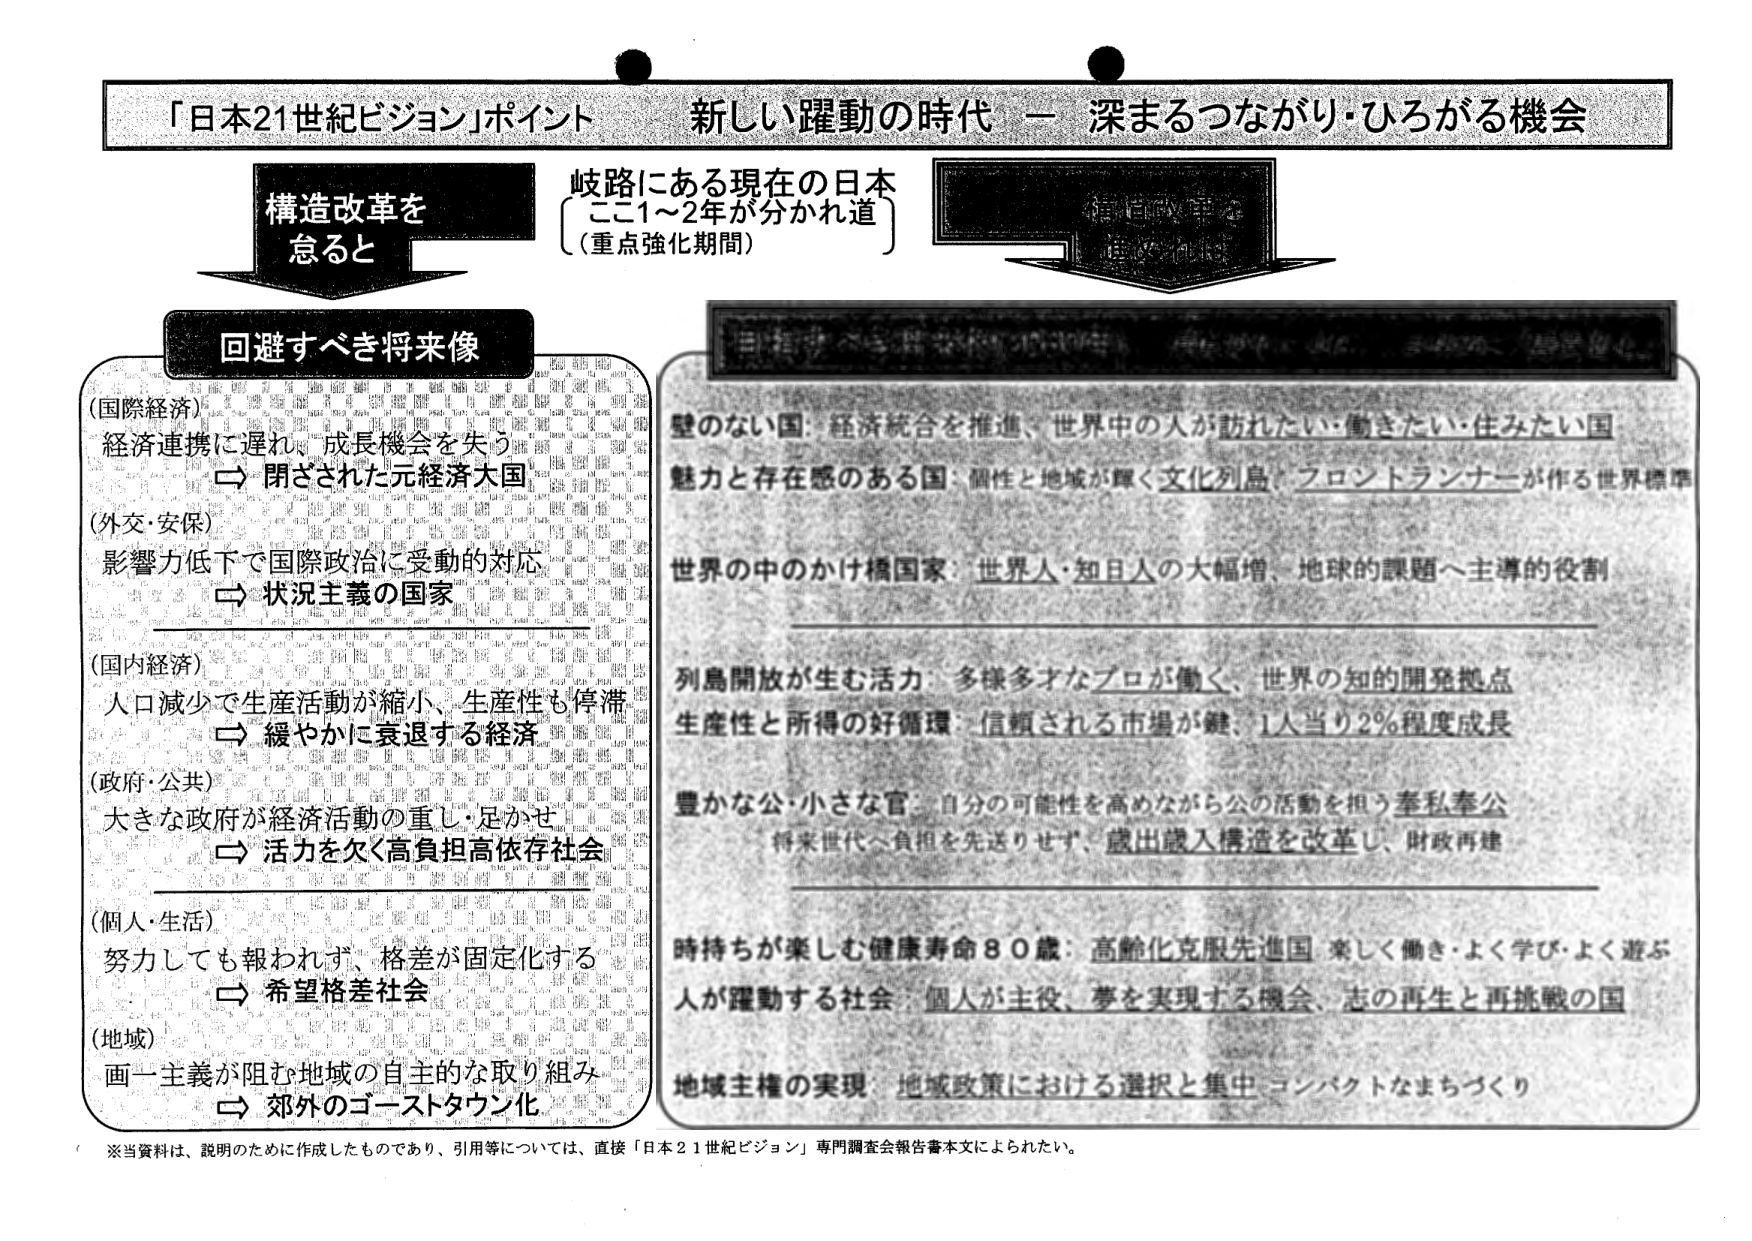
「日本21世紀ビジョン」ポイント 新しい躍動の時代 － 深まるつながり・ひろがる機会

構造改革を怠ると

岐路にある現在の日本
（ここ1～2年が分かれ道）
（重点強化期間）

回避すべき将来像

（国際経済）
経済連携に遅れ、成長機会を失う
⇒ 閉ざされた元経済大国

（外交・安保）
影響力低下で国際政治に受動的対応
⇒ 状況主義の国家

（国内経済）
人口減少で生産活動が縮小、生産性も停滞
⇒ 緩やかに衰退する経済

（政府・公共）
大きな政府が経済活動の重し・足かせ
⇒ 活力を欠く高負担高依存社会

（個人・生活）
努力しても報われず、格差が固定化する
⇒ 希望格差社会

（地域）
画一主義が阻む地域の自主的な取り組み
⇒ 郊外のゴーストタウン化

壁のない国：経済統合を推進、世界中の人があこがれたい・働きたい・住みたい国
魅力と存在感のある国：個性と地域が輝く文化列島、フロントランナーが作る世界標準
世界の中のかけ橋国家：世界人・知日人の大幅増、地球的課題へ主導的役割

列島開放が生む活力：多様多彩なプロが働く、世界の知的開発拠点
生産性と所得の好循環：信頼される市場が鍵、1人当り2％程度成長
豊かな公・小さな官：自分の可能性を高めながら公の活動を担う奉私奉公
将来世代へ負担を先送りせず、歳出歳入構造を改革し、財政再建

時持ちが楽しむ健康寿命80歳：高齢化克服先進国、楽しく働き・よく学び・よく遊ぶ
人が躍動する社会：個人が主役、夢を実現する機会、志の再生と再挑戦の国
地域主権の実現：地域政策における選択と集中、コンパクトなまちづくり

※当資料は、説明のために作成したものであり、引用等については、直接「日本21世紀ビジョン」専門調査会報告書本文によられたい。